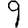
Digit: 9